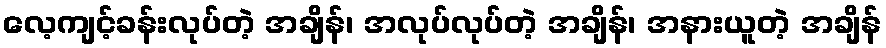
လေ့ကျင့်ခန်းလုပ်တဲ့ အချိန်၊ အလုပ်လုပ်တဲ့ အချိန်၊ အနားယူတဲ့ အချိန်